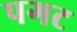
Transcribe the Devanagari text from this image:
पगट